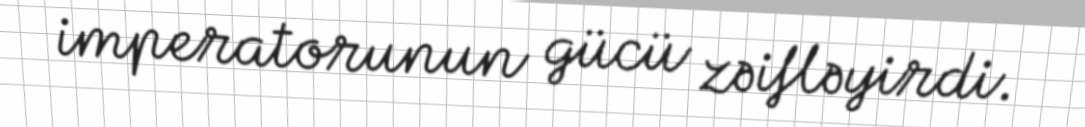
imperatorunun gücü zəifləyirdi.